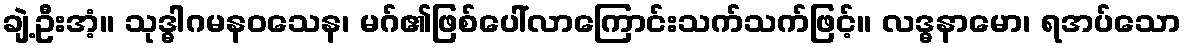
ချဲ့ဦးအံ့။ သုဒ္ဓါဂမနဝသေန၊ မဂ်၏ဖြစ်ပေါ်လာကြောင်းသက်သက်ဖြင့်။ လဒ္ဓနာမော၊ ရအပ်သော